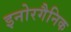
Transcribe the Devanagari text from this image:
इनोरगैनिक